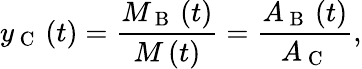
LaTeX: y_{\mathrm{~C~}}\left(t\right)=\frac{M_{\mathrm{~B~}}\left(t\right)}{M\left(t\right)}=\frac{A_{\mathrm{~B~}}\left(t\right)}{A_{\mathrm{~C~}}},